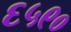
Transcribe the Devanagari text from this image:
६५९०